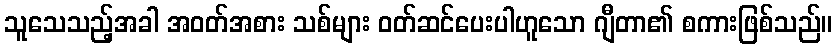
သူသေသည့်အခါ အဝတ်အစား သစ်များ ဝတ်ဆင်ပေးပါဟူသော ဂျီတာ၏ စကားဖြစ်သည်။